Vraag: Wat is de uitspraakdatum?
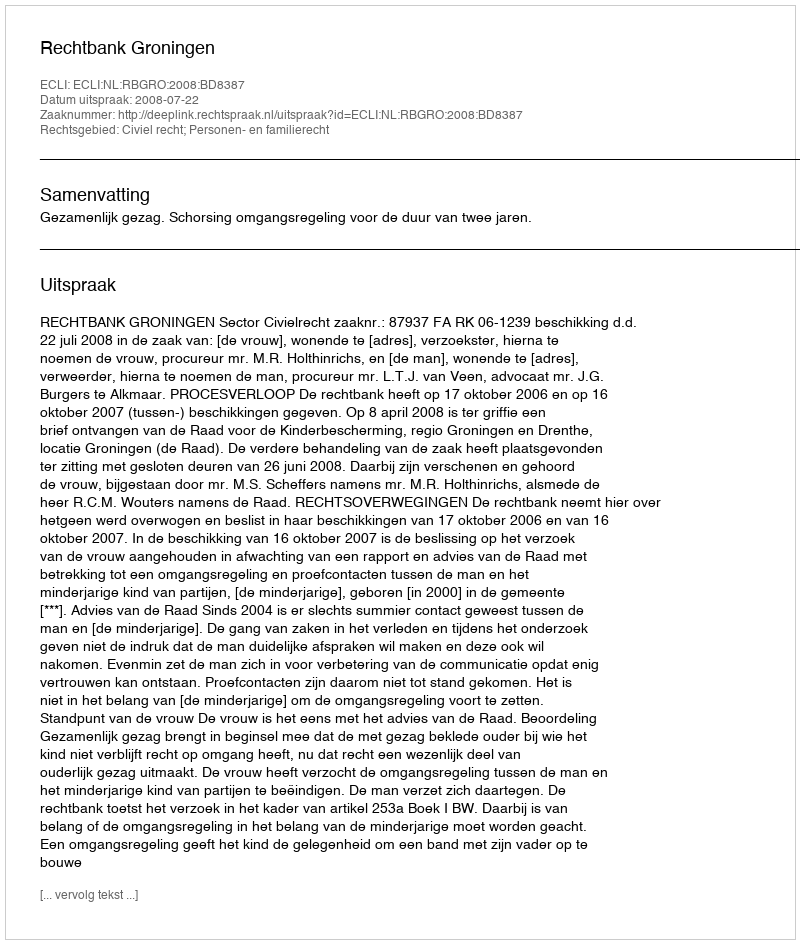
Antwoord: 2008-07-22